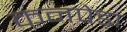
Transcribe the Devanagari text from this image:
कनपेड़ा